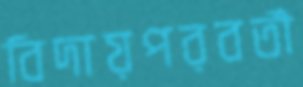
বিদায়পরবর্তী